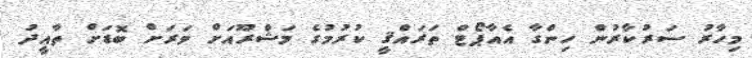
މިހާރު ސަރުކާރުން ހިންގާ އެއާޕޯޓް ތަރައްޤީ ކުރުމުގެ މަޝްރޫއަށް ވަރަށް ބޮޑަށް ތާއީދު